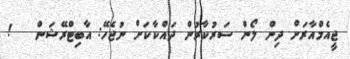
ޖީއެމްއާރަށް ދިން ލޯން ސަރުކާރުން ދައްކާކަށް ނުޖެހޭ: އާބިޓްރޭޝަން   !